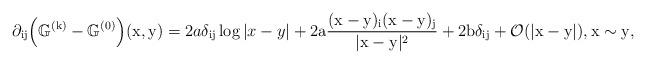
LaTeX: \begin{align*}\partial_{\mathrm{ij}}\Big(\mathbb{G}^{(\mathrm{k})}-\mathbb{G}^{(0)}\Big)(\mathrm{x},\mathrm{y}) = 2a \delta_{\mathrm{ij}}\log|x-y| + 2\mathrm{a} \dfrac{(\mathrm{x}-\mathrm{y})_{\mathrm{i}}(\mathrm{x}-\mathrm{y})_{\mathrm{j}}}{|\mathrm{x}-\mathrm{y}|^{2}} + 2\mathrm{b} \delta_{\mathrm{ij}} + \mathcal{O}(|\mathrm{x}-\mathrm{y}|),\mathrm{x}\sim \mathrm{y},\end{align*}